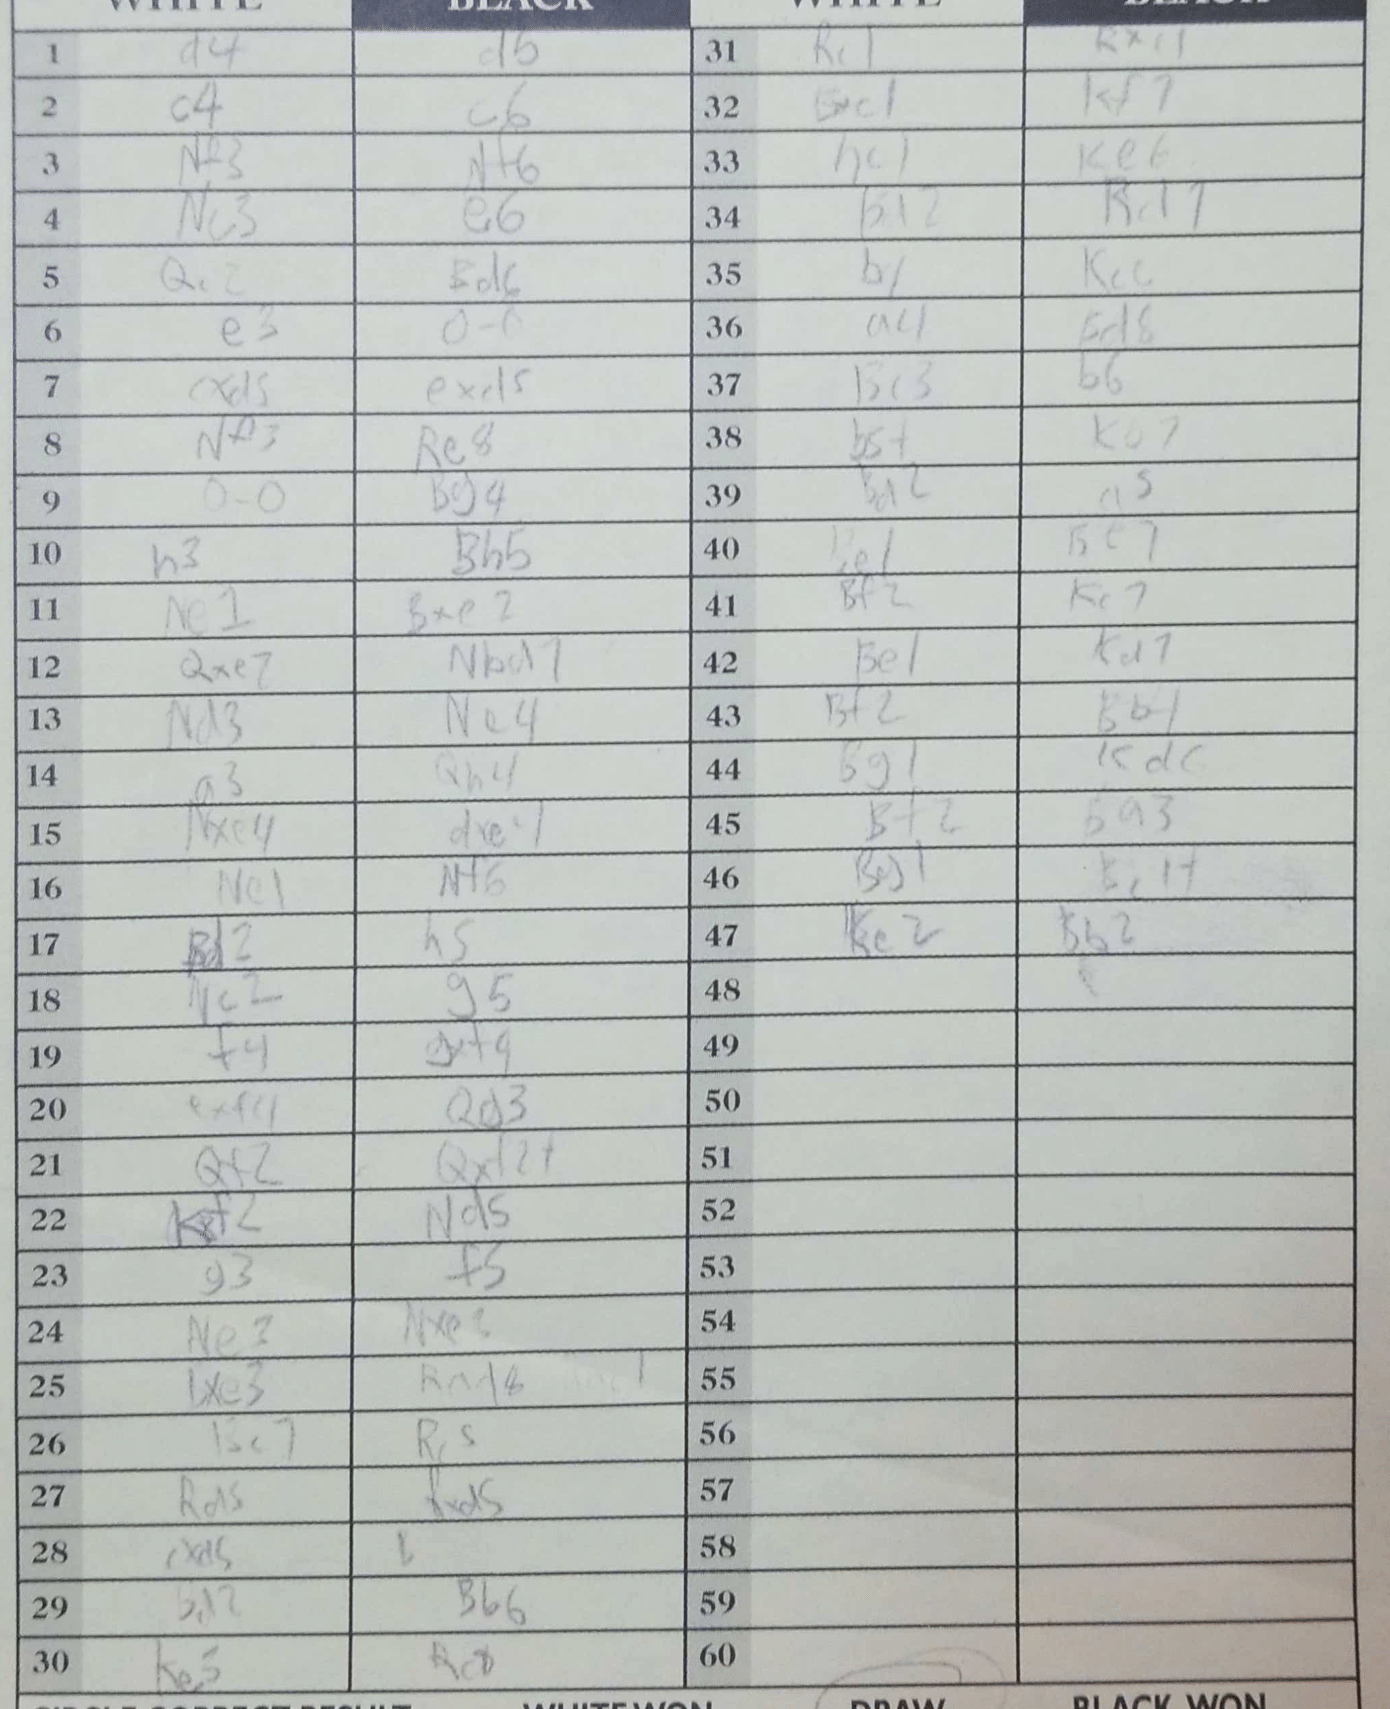
Moves: d4 d5 c4 c6 Nf3 Nf6 Nc3 e6 Qc2 Bd6 e3 O-O exd5 exd5 Nf3 Re8 O-O Bg4 h3 Bh5 Ne1 Bxe2 Qxe7 Nbd7 Nd3 Ne4 a3 Qh4 Nxe4 dxe4 Ne1 Nf6 Bd2 h5 Nc2 g5 f4 gxf4 exf4 Qd3 Qf2 Qxf2+ Kf2 Nd5 g3 f5 Ne3 Nxe3 bxe3 Rd8 Bc7 Rc5 Rd5 Rxd5 cxd5 Bd2 Bb6 Ke5 Rc8 Rc1 Rxc1 Bxc1 Kf7 h4 Ke8 Kd2 Kd7 b4 Kc6 a4 Bd8 Bc3 b6 b6+ Kb7 Bd2 a5 Be1 Be7 Bf2 Kc7 Be1 Kd7 Bf2 Bb4 Bg1 Kd6 Bf2 Bg3 Bg1 Bc1 Ke2 Bb2